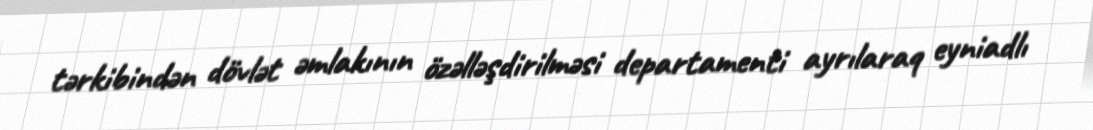
tərkibindən dövlət əmlakının özəlləşdirilməsi departamenti ayrılaraq eyniadlı